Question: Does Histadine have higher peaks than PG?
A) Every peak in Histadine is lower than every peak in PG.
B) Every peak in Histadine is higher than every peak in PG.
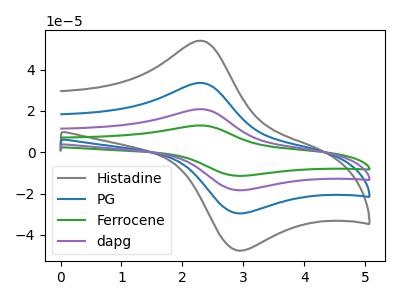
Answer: <think>The gray curve "Histadine" has an anodic peak at (2.30V, 54.05uA) and a cathodic peak at (2.90V, -47.50uA). The blue curve "PG" has an anodic peak at (2.30V, 33.60uA) and a cathodic peak at (2.90V, -29.50uA). The green curve "Ferrocene" has an anodic peak at (2.30V, 100.80uA) and a cathodic peak at (2.90V, -88.55uA). The purple curve "dapg" has an anodic peak at (2.30V, 67.20uA) and a cathodic peak at (2.90V, -59.05uA).</think>
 <answer>B) Every peak in "Histadine" is higher than every peak in "PG".</answer>
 <eval>B</eval>